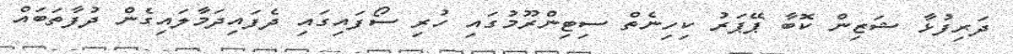
ދަރިފުޅާ ޝަޒިން ކޮބާ ޕޭޕަރު ކިހިނެތް ސިޓިންރޫމުގައި ހުރި ސޯފައިގައި ދެފައިދަމާލައިގެން ދުފާތަބައް